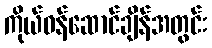
ကိုယ်ဝန်ဆောင်ချိန်အတွင်း